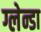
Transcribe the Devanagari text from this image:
ग्लेन्डा